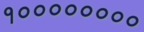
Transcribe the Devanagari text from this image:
१००००००००